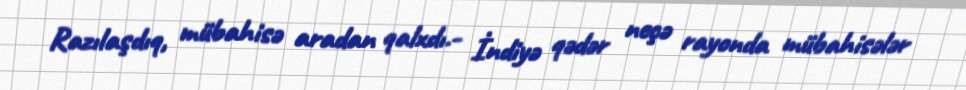
Razılaşdıq, mübahisə aradan qalxdı.- İndiyə qədər neçə rayonda mübahisələr